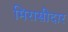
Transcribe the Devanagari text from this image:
मिरासीदार